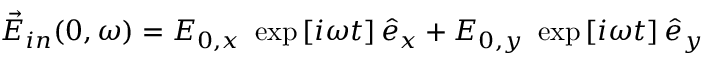
\vec { E } _ { i n } ( 0 , \omega ) = E _ { 0 , x } ~ \exp \left[ i \omega t \right] \hat { e } _ { x } + E _ { 0 , y } ~ \exp \left[ i \omega t \right] \hat { e } _ { y }